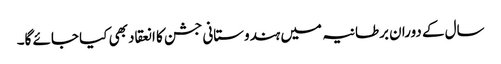
سال کے دوران برطانیہ میں ہندوستانی جشن کا انعقاد بھی کیا جائے گا۔